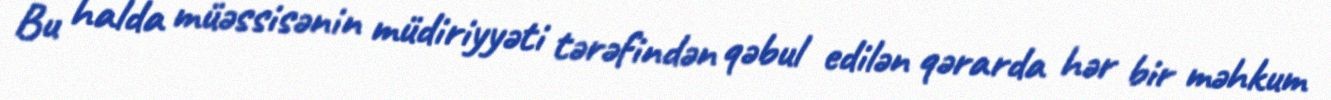
Bu halda müəssisənin müdiriyyəti tərəfindən qəbul edilən qərarda hər bir məhkum